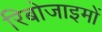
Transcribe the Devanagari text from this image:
रिबोजाइमों